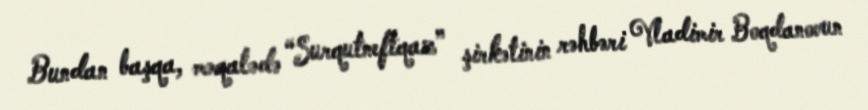
Bundan başqa, məqalədə “Surqutneftqaz” şirkətinin rəhbəri Vladimir Boqdanovun